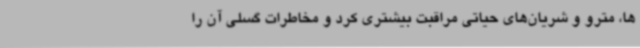
ها، مترو و شریان‌های حیاتی مراقبت بیشتری کرد و مخاطرات گسلی آن را